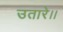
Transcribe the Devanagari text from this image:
उतारे।।